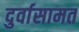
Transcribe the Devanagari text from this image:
दुर्वासामत